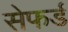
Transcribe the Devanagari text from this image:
सेफर्ड